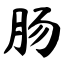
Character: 肠